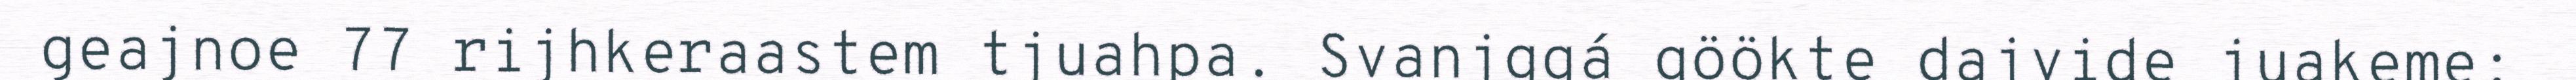
geajnoe 77 rijhkeraastem tjuahpa. Svanjggá göökte dajvide juakeme;